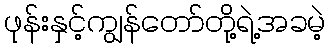
ဖုန်းနှင့်ကျွန်တော်တို့ရဲ့အခမဲ့